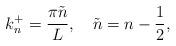
LaTeX: \begin{align*}k_n^+=\frac{\pi\tilde{n}}{L}, \quad \tilde{n}=n-\frac{1}{2},\end{align*}